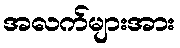
အလက်များအား